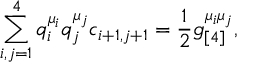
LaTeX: \sum _ { i , j = 1 } ^ { 4 } q _ { i } ^ { \mu _ { i } } q _ { j } ^ { \mu _ { j } } c _ { i + 1 , j + 1 } = \frac { 1 } { 2 } g _ { [ 4 ] } ^ { \mu _ { i } \mu _ { j } } ,